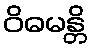
ဝိဓမန္တိ